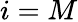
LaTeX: i=M